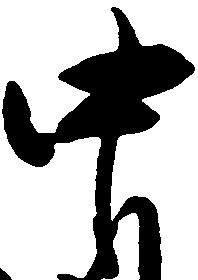
中